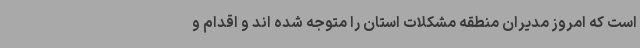
است که امروز مدیران منطقه مشکلات استان را متوجه شده اند و اقدام و